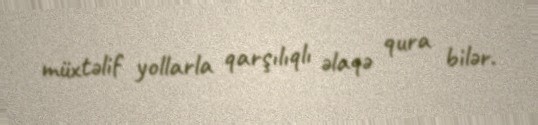
müxtəlif yollarla qarşılıqlı əlaqə qura bilər.